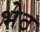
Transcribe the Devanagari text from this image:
भेठ